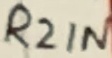
Text: R2IN